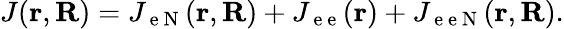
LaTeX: J(\mathbf{r},\mathbf{R})=J_{\mathrm{~e~N~}}(\mathbf{r},\mathbf{R})+J_{\mathrm{~e~e~}}(\mathbf{r})+J_{\mathrm{~e~e~N~}}(\mathbf{r},\mathbf{R}).